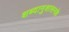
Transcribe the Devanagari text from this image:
शब्दानुशासनके